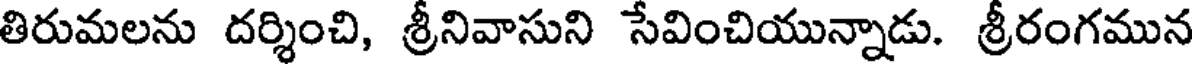
తిరుమలను దర్శించి, శ్రీనివాసుని సేవించియున్నాడు. శ్రీరంగమున